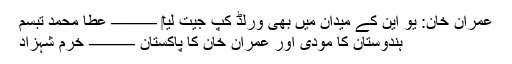
عمران خان: یو این کے میدان میں بھی ورلڈ کپ جیت لیا‎ ——– عطا محمد تبسم
ہندوستان کا مودی اور عمران خان کا پاکستان ——– خرم شہزاد